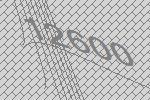
12600